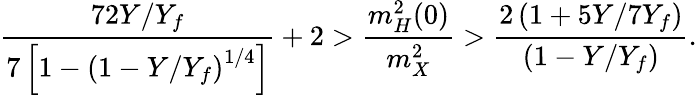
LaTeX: \frac{72Y/Y_{f}}{7\left[1-\left(1-Y/Y_{f}\right)^{1/4}\right]}+2>\frac{m_{H}^{2}(0)}{m_{X}^{2}}>\frac{2\left(1+5Y/7Y_{f}\right)}{(1-Y/Y_{f})}.